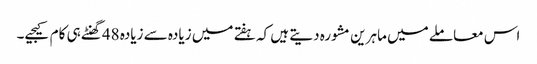
اس معاملے میں ماہرین مشورہ دیتے ہیں کہ ہفتے میں زیادہ سے زیادہ 48گھنٹے ہی کام کیجیے۔